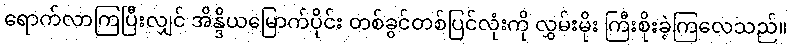
ရောက်လာကြပြီးလျှင် အိန္ဒိယမြောက်ပိုင်း တစ်ခွင်တစ်ပြင်လုံးကို လွှမ်းမိုး ကြီးစိုးခဲ့ကြလေသည်။